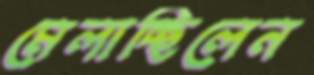
মেলাচ্ছিলেন